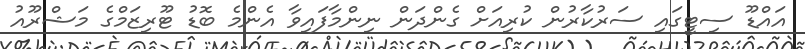
އައްޑޫ ސިޓީގައި ސަރުކާރުން ކުރިއަށް ގެންދަން ނިންމާފައިވާ އެންމެ ބޮޑު ޓޫރިޒަމްގެ މަޝްރޫއު